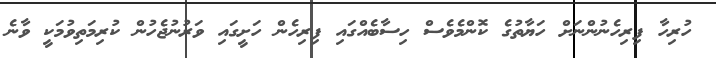
ހުރިހާ ފިރިހެނުންނަށް ހަޔާތުގެ ކޮންމެވެސް ހިސާބެއްގައި ފިރިހެން ހަށީގައި ވަރުނުޖެހުން ކުރިމަތިވުމަކީ ވާނެ